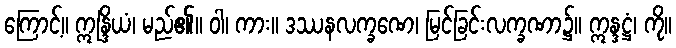
ကြောင့်။ ဣန္ဒြိယံ၊ မည်၏။ ဝါ၊ ကား။ ဒဿနလက္ခဏေ၊ မြင်ခြင်းလက္ခဏာ၌။ ဣန္ဒဋ္ဌံ၊ ကို။